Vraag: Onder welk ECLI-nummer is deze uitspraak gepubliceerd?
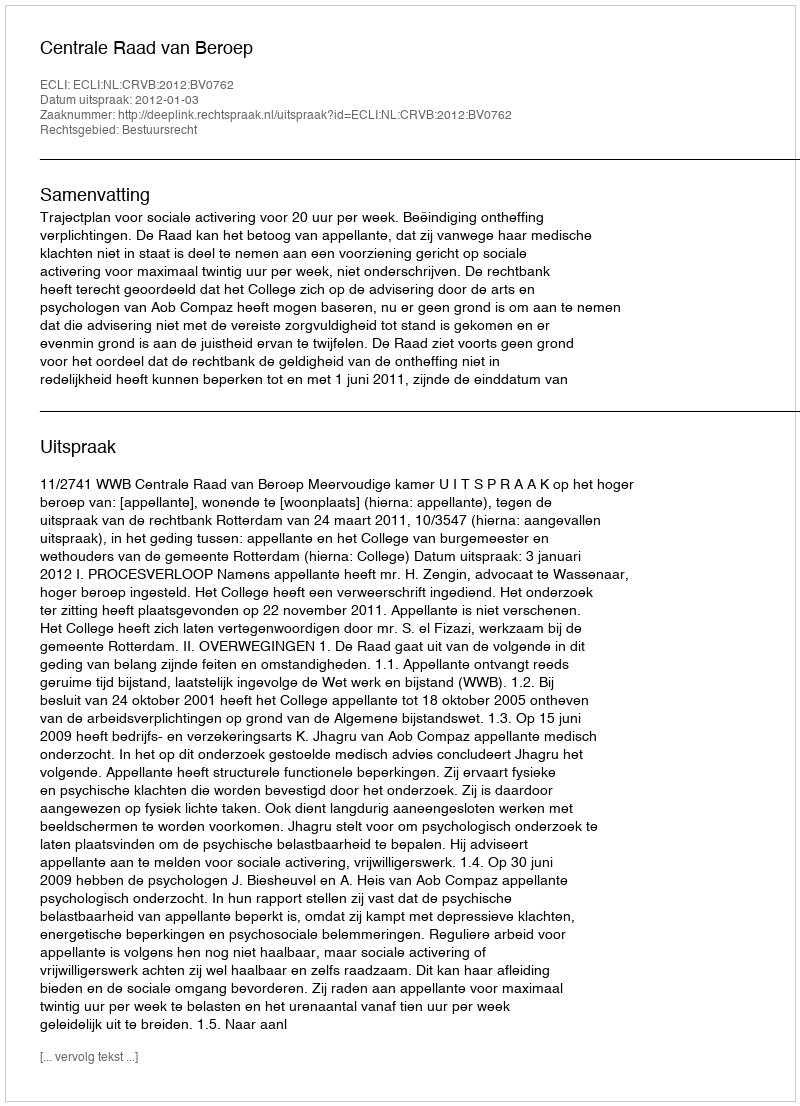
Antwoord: ECLI:NL:CRVB:2012:BV0762